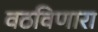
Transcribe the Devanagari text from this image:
वठविणारा